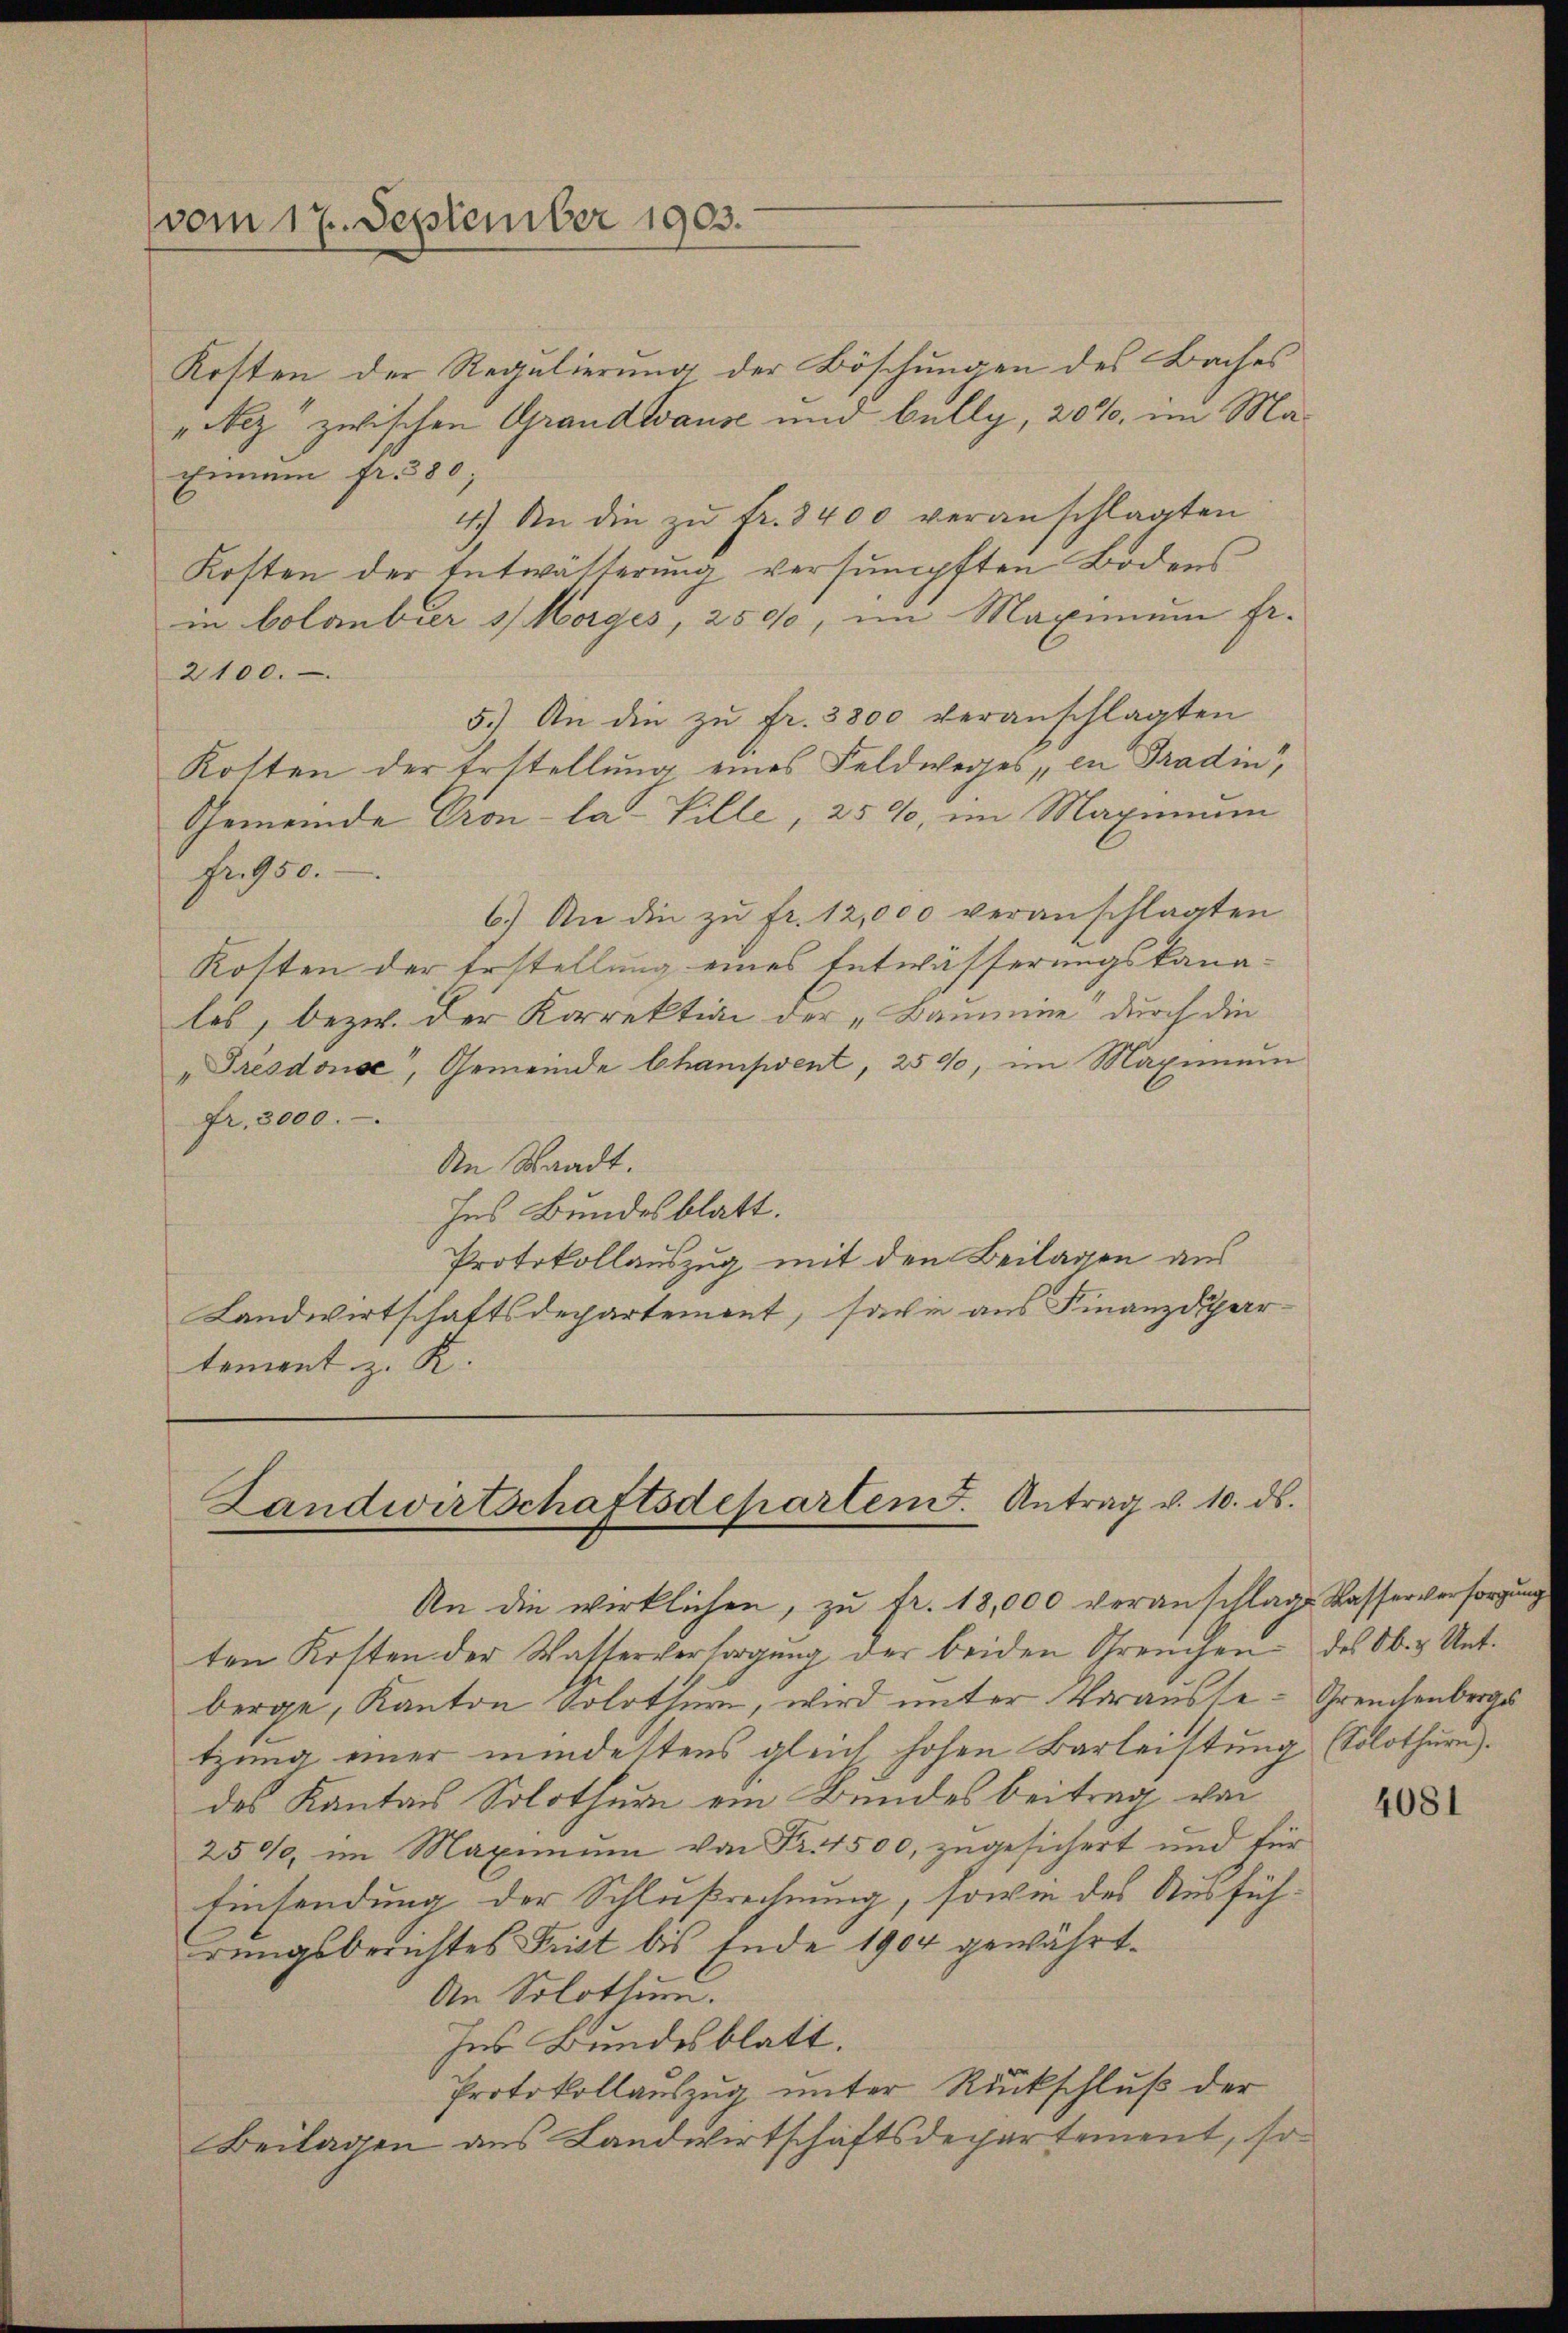
vom 17. September 1903.

Kosten der Regulierung der Böschungen des Baches
„Nez zwischen Grandwause und belly, 20%, im Ma¬
Eimmen fr. 380;
4.) An die zu fr. 8400 veranschlagten
Kosten der Entwätterung versumpften Bodens-
in botanbier Morges, 2500, im Maximum fr.
2100.
5.) An die zu fr. 3800 veranschlagten
Kosten der Erstellung eines Feldweges, in Tradin,
Gemeinde Cron-la Ville, 259, im Maximum
Fr. 950.
6.) An die zu fr. 12,000 veranschlagten
Kosten der Erstellung eines Entwässerungskanales, bezw. der Korrektion der „Baumine durch die
„Trésdouse, Gemeinde Chanisvent, 259, im Maximum
Fr. 3000.
An Waadt.
Ins Bundesblatt.
Protokollauszug mit den Beilagen aus
Landwirtschaftsdepartement, sowie aus Finanzdpartement z. R.

Landwirtschaftsdeparten. Antrag v. 10. ds.
An die wirklichen, zu fr. 18,000 veranschlage Wasserversorgung

ten Kosten der Wasserversorgŭng der beiden Greuchen des Ob. & Unt
berge, Kanton Solothurn, wird unter Vorausse-Greuchenbergs
tzung einer mindeltens gleich hohen Barleistung (Solothurn.
des Kantons Solothur ein Bundesbeitrag von
250, im Maximum von Fr. 1500, zugesichert und für
Einsendung der Schlußrechnung, sowie des Ausführungsberichtes Frist bis Ende 1904 gewährt.
An Solothur.
Ins Bundesblatt.
Protokollauszug unter Rückschluß der
Beilagen aus Landwirtschaftsdepartement, so

4081